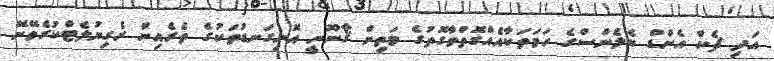
އަދި ޗެކް އެންޑް ބެލެންސްގެ ހަމަތަކާއެއްގޮތްވާގޮތުގެ މަތިން ޤާނޫނީ އޮނިގަނޑުތަކުގެ ތެރެއިން ރެގިޔުލެޓްކުރެވޭނޭ